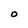
Character: O